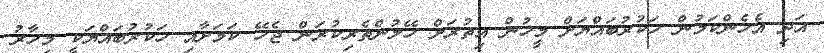
އަދި އެހެންކަމުން ހަކުރުބައްޔަށް މީހުން އިތުރަށް ހޭލުންތެރިކުރަން ޖެހޭ ކަމަށާއި ހަކުރުބައްޔަކީ މިހާރު